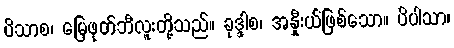
ပိသာစ၊ မြေဖုတ်ဘီလူးတို့သည်။ ခုဒ္ဒါစ၊ အနှီုးယ်ဖြစ်သော။ ပိပါသာ၊